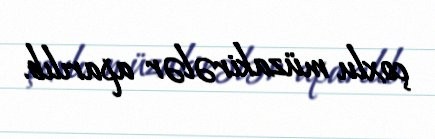
çoxlu müzakirələr aparılıb.